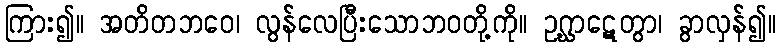
ကြား၍။ အတိတဘဝေ၊ လွန်လေပြီးသောဘဝတို့ကို။ ဥဂ္ဃာဋေတွာ၊ ခွာလှန်၍။